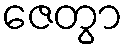
ဇေတွာ